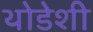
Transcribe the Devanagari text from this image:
थोडेशी